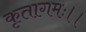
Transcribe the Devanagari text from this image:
कृतागमः।।